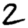
Digit: 2